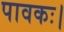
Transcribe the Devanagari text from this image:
पावकः।